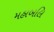
મહાબલિ